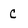
Character: C